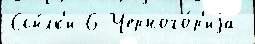
Ссы́лк'и 6 Черного́р'иjа